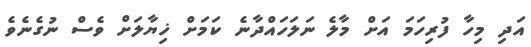
އަދި މިހާ ފުރިހަމަ އަށް މާލެ ނަލަހައްދާނެ ކަމަށް ޚިޔާލަށް ވެސް ނުގެނެވެ